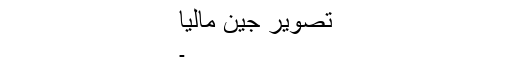
تصویر جین مالیا
۔